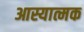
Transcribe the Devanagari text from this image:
आस्यात्मक